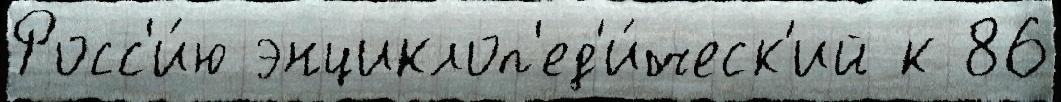
Росс'и́ю энциклоп'ед'и́ческ'ий к 86